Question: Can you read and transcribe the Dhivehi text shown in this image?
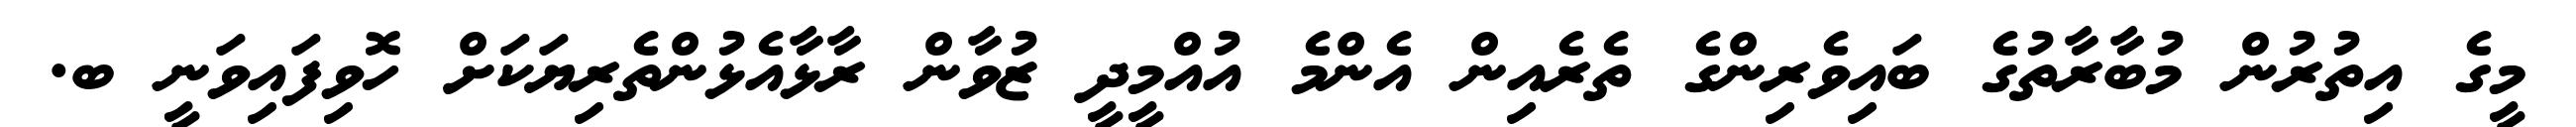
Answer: މީގެ އިތުރުން މުބާރާތުގެ ބައިވެރިންގެ ތެރެއިން އެންމެ އުއްމީދީ ޒުވާން ރާޅާއެޅުންތެރިޔަކަށް ހޮވިފައިވަނީ ބ.